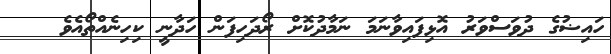
ހައިޟުގެ ދުވަސްވަރު އޮޅިފައިވާނަމަ ނަމާދުކޮށް ރޯދަހިފަން ހަދާނީ ކިހިނެއްތޯއެވެ